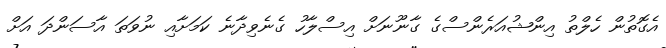
އެގޮތުން ހެލްތު އިންޝުއަރެންސްގެ ގާނޫނަށް އިސްލާހު ގެނެވިދާނެ ކަމަށާއި ނުވަތަ އާސަންދަ އަށް